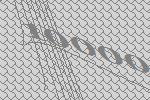
10000